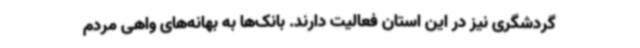
گردشگری نیز در این استان فعالیت دارند. بانک‌ها به بهانه‌های واهی مردم